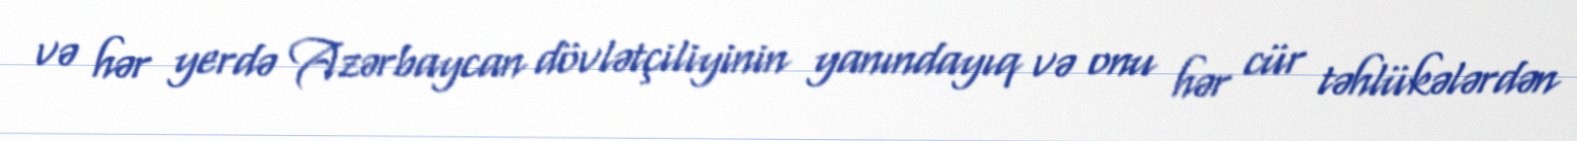
və hər yerdə Azərbaycan dövlətçiliyinin yanındayıq və onu hər cür təhlükələrdən